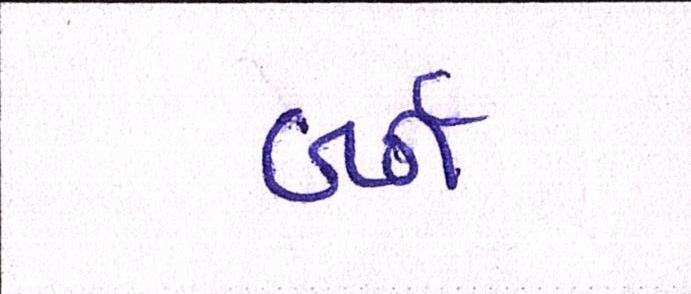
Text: બર્ન